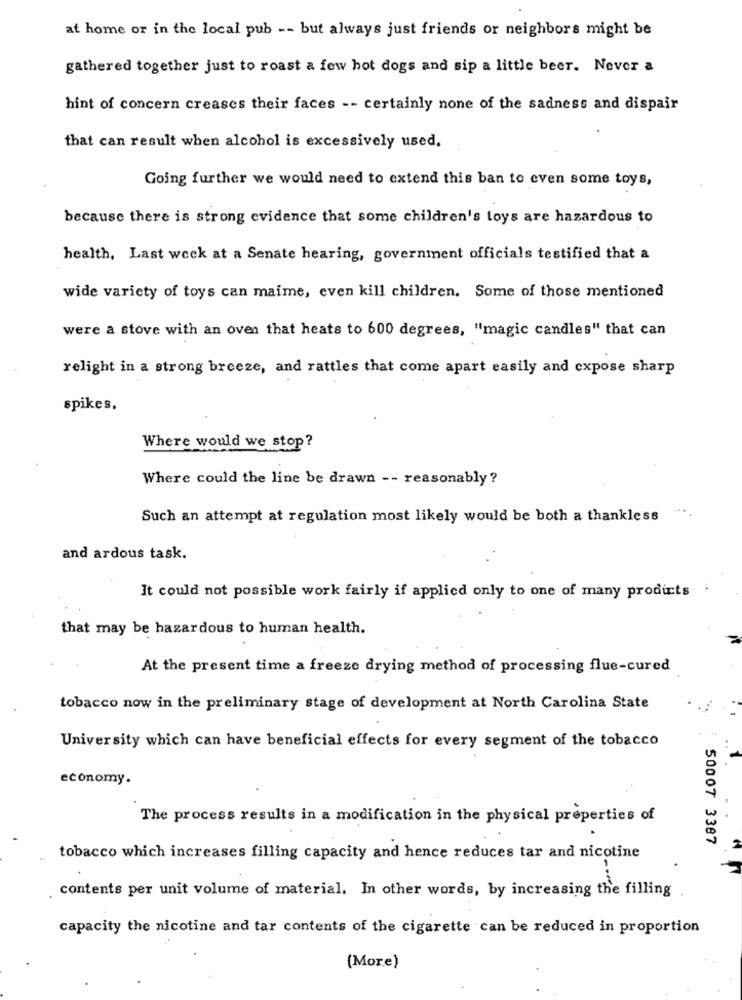
at home or in the local pub -- but always just friends or neighbors might be
gathered together just to roast a few hot dogs and sip a little beer. Never a
hint of concern creases their faces -- certainly none of the sadness and dispair
that can result when alcohol is excessively used.
Going further we would need to extend this ban to even some toys,
because there is strong evidence that some children's toys are hazardous to
health, Last week at a Senate hearing, government officials testified that a
wide variety of toys can maime, even kill children. Some of those mentioned
were a stove with an oven that heats to 600 degrees, "magic candles" that can
relight in a strong breeze, and rattles that come apart easily and expose sharp
spikes.
Where would we stop?
Where could the line be drawn -- reasonably ?
...
Such an attempt at regulation most likely would be both a thankless
and ardous task.
:
It could not possible work fairly if applied only to one of many products
that may be hazardous to human health.
At the present time a freeze drying method of processing flue-cured
tobacco now in the preliminary stage of development at North Carolina State
University which can have beneficial effects for every segment of the tobacco
..
economy.
The process results in a modification in the physical properties of
50007 3387
..
tobacco which increases filling capacity and hence reduces tar and nicotine
contents per unit volume of material. In other words, by increasing the filling
capacity the nicotine and tar contents of the cigarette can be reduced in proportion
(More)